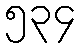
၅၃၄